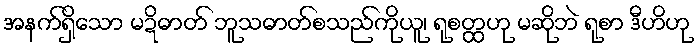
အနက်ရှိသော မဍိဓာတ် ဘူသဓာတ်စသည်ကိုယူ၊ ရုစတ္ထဟု မဆိုဘဲ ရုစာ ဒီဟိဟု